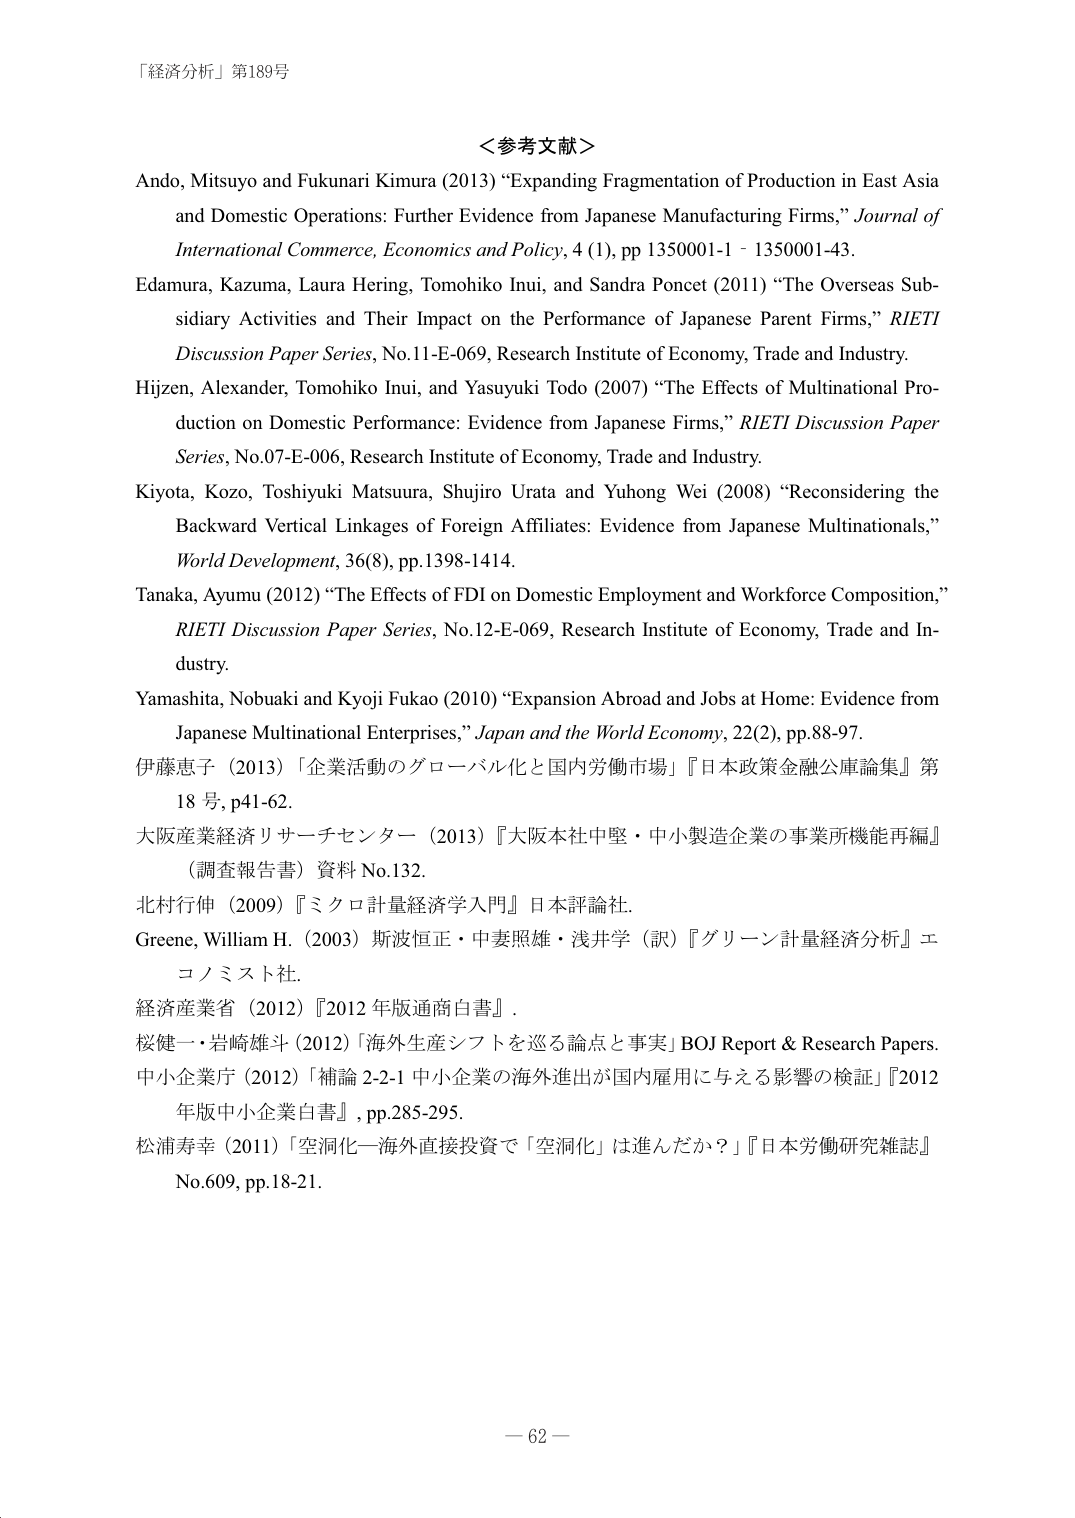
「経済分析」第189号

＜参考文献＞
Ando, Mitsuyo and Fukunari Kimura (2013) “Expanding Fragmentation of Production in East Asia and Domestic Operations: Further Evidence from Japanese Manufacturing Firms,” Journal of International Commerce, Economics and Policy, 4 (1), pp 1350001-1 - 1350001-43.
Edamura, Kazuma, Laura Hering, Tomohiko Inui, and Sandra Poncet (2011) “The Overseas Subsidiary Activities and Their Impact on the Performance of Japanese Parent Firms,” RIETI Discussion Paper Series, No.11-E-069, Research Institute of Economy, Trade and Industry.
Hijzen, Alexander, Tomohiko Inui, and Yasuyuki Todo (2007) “The Effects of Multinational Production on Domestic Performance: Evidence from Japanese Firms,” RIETI Discussion Paper Series, No.07-E-006, Research Institute of Economy, Trade and Industry.
Kiyota, Kozo, Toshiyuki Matsuura, Shujiro Urata and Yuhong Wei (2008) “Reconsidering the Backward Vertical Linkages of Foreign Affiliates: Evidence from Japanese Multinationals,” World Development, 36(8), pp.1398-1414.
Tanaka, Ayumu (2012) “The Effects of FDI on Domestic Employment and Workforce Composition,” RIETI Discussion Paper Series, No.12-E-069, Research Institute of Economy, Trade and Industry.
Yamashita, Nobuaki and Kyoji Fukao (2010) “Expansion Abroad and Jobs at Home: Evidence from Japanese Multinational Enterprises,” Japan and the World Economy, 22(2), pp.88-97.
伊藤恵子（2013）「企業活動のグローバル化と国内労働市場」『日本政策金融公庫論集』第18号, p41-62.
大阪産業経済リサーチセンター（2013）『大阪本社中堅・中小製造企業の事業所機能再編』（調査報告書）資料No.132.
北村行伸（2009）『ミクロ計量経済学入門』日本評論社.
Greene, William H.（2003）斯波恒正・中妻照雄・浅井学（訳）『グリーン計量経済分析』エコノミスト社.
経済産業省（2012）『2012年版通商白書』.
桜健一・岩崎雄斗（2012）「海外生産シフトを巡る論点と事実」BOJ Report & Research Papers.
中小企業庁（2012）「補論2-2-1 中小企業の海外進出が国内雇用に与える影響の検証」『2012年版中小企業白書』, pp.285-295.
松浦寿幸（2011）「空洞化―海外直接投資で「空洞化」は進んだか？」『日本労働研究雑誌』No.609, pp.18-21.

－ 62 －